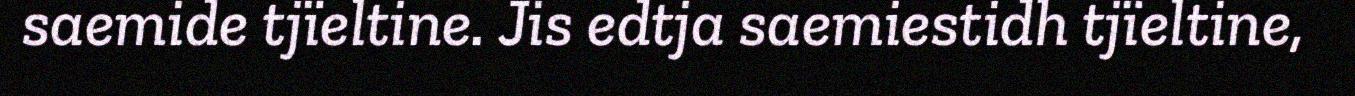
saemide tjïeltine. Jis edtja saemiestidh tjïeltine,